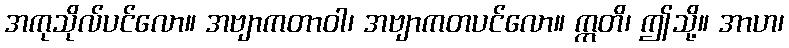
အကုသိုလ်ပင်လော။ အဗျာကတာဝါ၊ အဗျာကတပင်လော။ ဣတိ၊ ဤသို့။ အာဟ၊